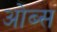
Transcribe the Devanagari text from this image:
ओब्स